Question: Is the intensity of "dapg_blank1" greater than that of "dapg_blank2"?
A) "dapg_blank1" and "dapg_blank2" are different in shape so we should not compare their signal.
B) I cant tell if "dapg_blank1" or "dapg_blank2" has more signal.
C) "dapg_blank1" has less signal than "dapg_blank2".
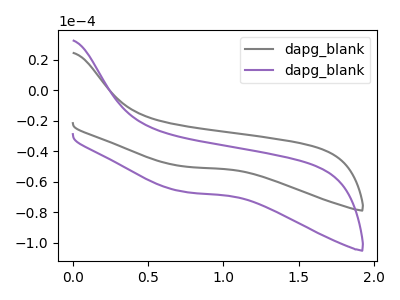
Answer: <think>The gray curve "dapg_blank1" has no peaks. The purple curve "dapg_blank2" has no peaks.
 Neither "dapg_blank1" or "dapg_blank2" have any peaks.</think>
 <answer>B) I cant tell if "dapg_blank1" or "dapg_blank2" has more signal.</answer>
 <eval>B</eval>